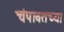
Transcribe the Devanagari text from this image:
चंपावतच्या